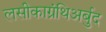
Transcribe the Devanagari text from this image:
लसीकाग्रंथिअर्बुद